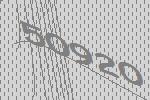
50920